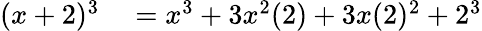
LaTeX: \begin{array}{rl}{(x+2)^{3}}&{{}=x^{3}+3x^{2}(2)+3x(2)^{2}+2^{3}}\end{array}